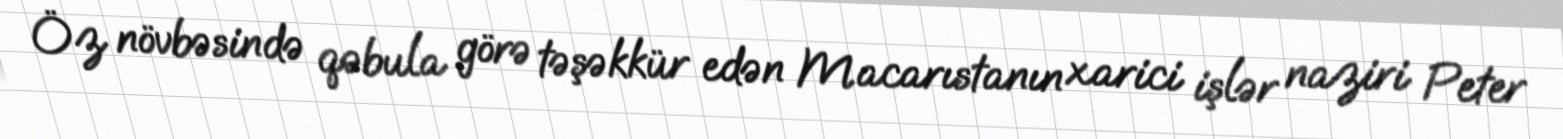
Öz növbəsində qəbula görə təşəkkür edən Macarıstanın xarici işlər naziri Peter